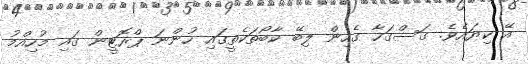
އޭ ކިޔައެވެ. ގަސްގަހާ ގެހިން ލިބޭ ކާބޯތަކެތީގައި ހުންނަ ޕްރޮޓީން ގައި މުހިއްމު